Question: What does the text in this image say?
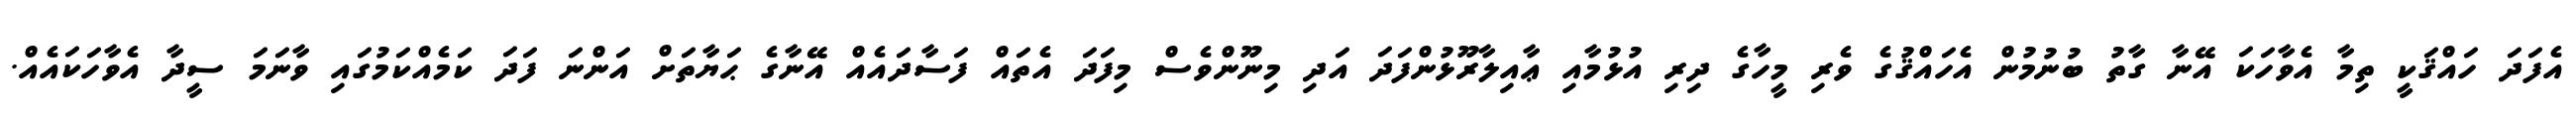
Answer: އެފަދަ ހައްޤަކީ ތިމާ އެވާހަކަ އޭނާ ގާތު ބުނުމުން އެހައްޤުގެ ވެރި މީހާގެ ދިރި އުޅުމާއި ޢާއިލާރޫޅުންފަދަ އަދި މިނޫންވެސް މިފަދަ އެތައް ފަސާދައެއް އޭނާގެ ޙަޔާތަށް އަންނަ ފަދަ ކަމެއްކަމުގައި ވާނަމަ ސީދާ އެވާހަކައެއް.